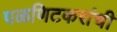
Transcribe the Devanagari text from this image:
पळणिटकरांची